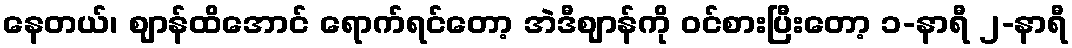
နေတယ်၊ ဈာန်ထိအောင် ရောက်ရင်တော့ အဲဒီဈာန်ကို ဝင်စားပြီးတော့ ၁-နာရီ ၂-နာရီ